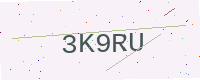
Text: 3K9RU